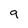
Character: 9